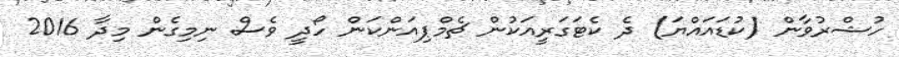
ހުޝްރުވާން (ކުޑައައްޔަ) ދެ ކެޓަގަރީއަކުން ޗެމްޕިއަންކަން ހޯދީ ވެސް ނިމިގެން މިދާ 2016